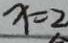
x = 2